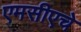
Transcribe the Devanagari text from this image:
एमसीएचे